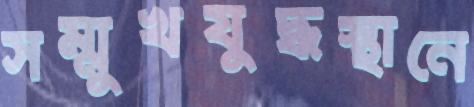
সম্মুখযুদ্ধস্থানে